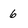
Character: 6